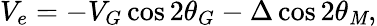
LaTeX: V_{e}=-V_{G}\cos2\theta_{G}-\Delta\cos2\theta_{\mathit{M}},